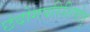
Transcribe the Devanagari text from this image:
छंदोगपरिशिष्टेतु